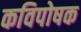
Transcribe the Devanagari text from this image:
कविपोषक